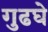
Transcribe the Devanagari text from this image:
गुढघे